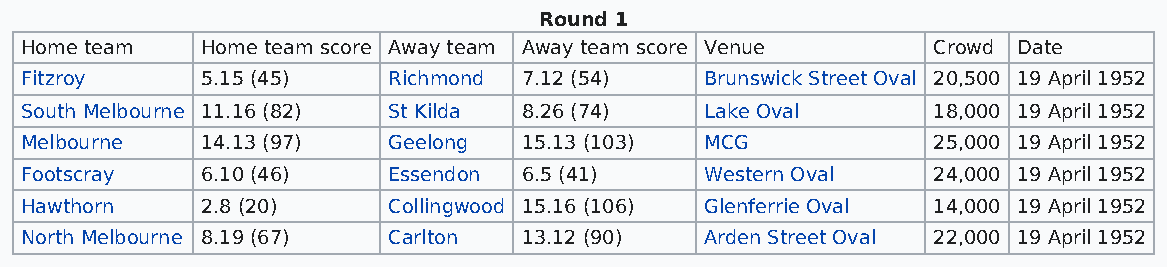
Round 1
 Home team   Home team score Away team Away team score Venue  Crowd Date
 Fitzroy     5.15 (45)    Richmond 7.12 (54)   Brunswick Street Oval 20,500 19 April 1952
 South Melbourne 11.16 (82) St Kilda 8.26 (74) Lake Oval      18,000 19 April 1952
 Melbourne   14.13 (97)   Geelong  15.13 (103) MCG            25,000 19 April 1952
 Footscray   6.10 (46)    Essendon 6.5 (41)    Western Oval   24,000 19 April 1952
 Hawthorn    2.8 (20)     Collingwood 15.16 (106) Glenferrie Oval 14,000 19 April 1952
 North Melbourne 8.19 (67) Carlton 13.12 (90)  Arden Street Oval 22,000 19 April 1952